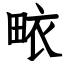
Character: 畩